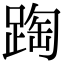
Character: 𨂆